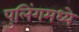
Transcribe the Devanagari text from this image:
पुलिंगमध्ये